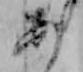
あ